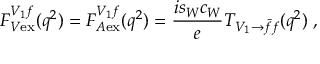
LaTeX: F _ { V { \mathrm { e x } } } ^ { V _ { 1 } f } ( q ^ { 2 } ) = F _ { A { \mathrm { e x } } } ^ { V _ { 1 } f } ( q ^ { 2 } ) = \frac { i s _ { W } c _ { W } } { e } T _ { V _ { 1 } \rightarrow \bar { f } f } ( q ^ { 2 } ) \; ,